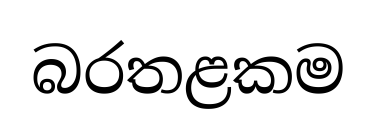
බරතළකම